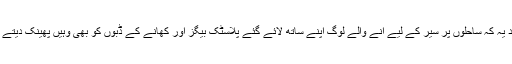
مزید یہ کہ ساحلوں پر سیر کے لیے آنے والے لوگ اپنے ساتھ لائے گئے پلاسٹک بیگز اور کھانے کے ڈبوں کو بھی وہیں پھینک دیتے ہیں۔